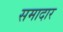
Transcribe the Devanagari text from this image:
समादार